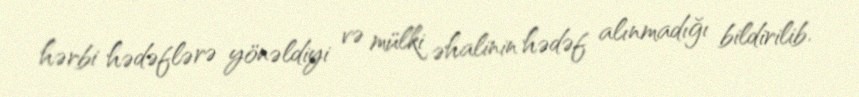
hərbi hədəflərə yönəldiyi və mülki əhalinin hədəf alınmadığı bildirilib.